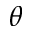
\boldsymbol { \theta }